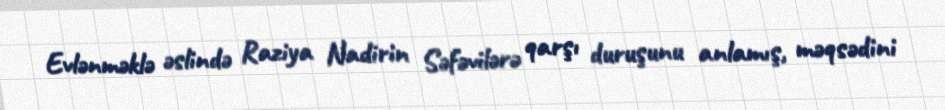
Evlənməklə əslində Raziya Nadirin Səfəvilərə qarşı duruşunu anlamış, məqsədini